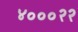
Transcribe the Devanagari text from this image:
४०००२२